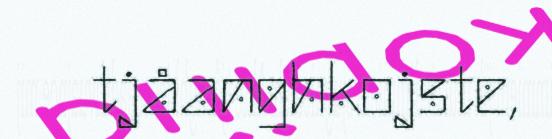
tjåanghkojste,